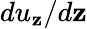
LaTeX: du_{\mathbf{z}}/d\mathbf{z}